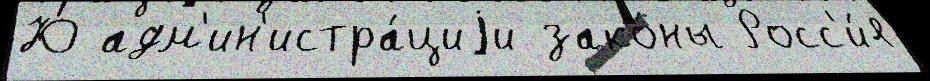
Ю адм'ин'истра́циjи зако́ны Росс'и́я